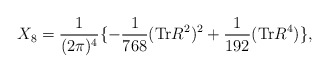
\begin{align*}X_{8} = \frac{1}{ (2\pi)^4} \lbrace - \frac{1}{768} ({\rm{Tr}} R^2)^2 + \frac{1}{192} ({\rm Tr} R^4) \rbrace, \end{align*}